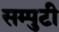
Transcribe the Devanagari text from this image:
सम्पुटी